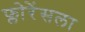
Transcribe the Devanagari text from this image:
फ्लोरेंसला